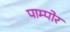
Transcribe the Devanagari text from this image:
पाम्पोर